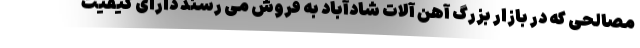
مصالحی که در بازار بزرگ آهن آلات شادآباد به فروش می رسند دارای کیفیت